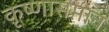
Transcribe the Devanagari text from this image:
कृष्णासमान